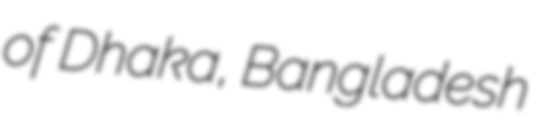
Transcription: of Dhaka, Bangladesh